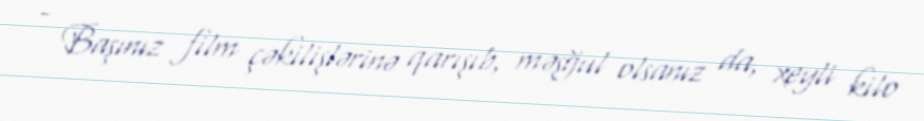
- Başınız film çəkilişlərinə qarışıb, məşğul olsanız da, xeyli kilo